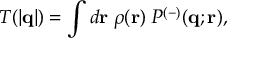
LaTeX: T ( | { \bf q } | ) = \int d { \bf r } \; \rho ( { \bf r } ) \; P ^ { ( - ) } ( { \bf q } ; { \bf r } ) ,